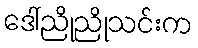
ဒေါ်ညိုညိုသင်းက